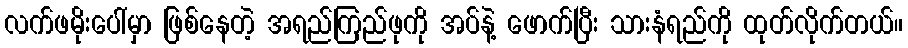
လက်ဖမိုးပေါ်မှာ ဖြစ်နေတဲ့ အရည်ကြည်ဖုကို အပ်နဲ့ ဖောက်ပြီး သားနံရည်ကို ထုတ်လိုက်တယ်။